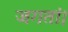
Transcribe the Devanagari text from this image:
जगतां।